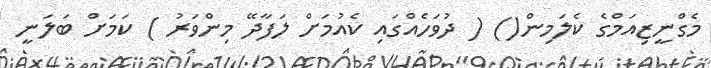
މެގްނީޒިއަމްގެ ކެލަމިން() ( ދުވަހެއްގައި ކެއުމަށް ލަފާދޭ މިންވަރު ) ކަމަށް ބަލަނީ